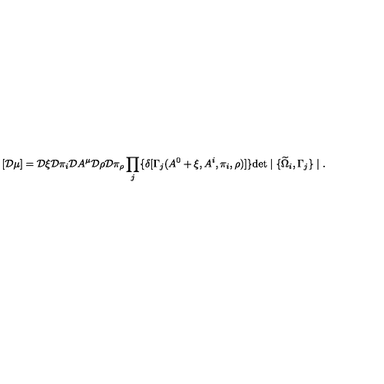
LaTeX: [ { \cal D } \mu ] = { \cal D } \xi { \cal D } \pi _ { i } { \cal D } A ^ { \mu } { \cal D } \rho { \cal D } \pi _ { \rho } \prod _ { j } \{ \delta [ \Gamma _ { j } ( A ^ { 0 } + \xi , A ^ { i } , \pi _ { i } , \rho ) ] \} \mathrm { d e t } \mid \{ \widetilde { \Omega } _ { i } , \Gamma _ { j } \} \mid .